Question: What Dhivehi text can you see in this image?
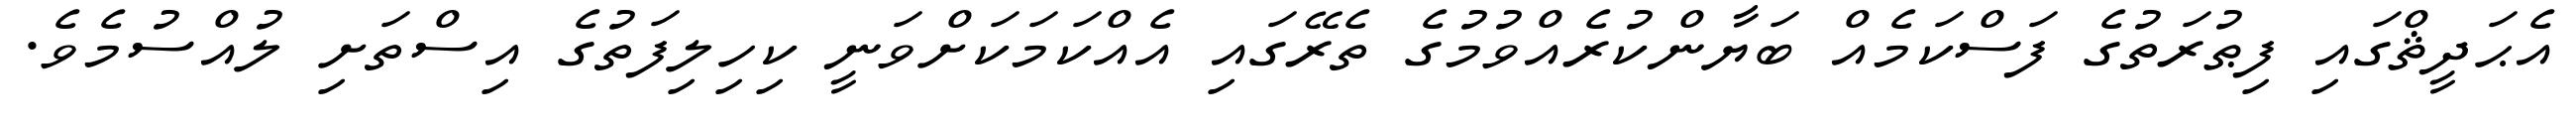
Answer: އެޙަދީޘްގައި ފިޠުރަތުގެ ފަސްކަމެއް ބަޔާންކުރެއްވުމުގެ ތެރޭގައި އެއްކަމަކަށްވަނީ ކިހިލިފަތުގެ އިސްތަށި ލުއްސުމެވެ.